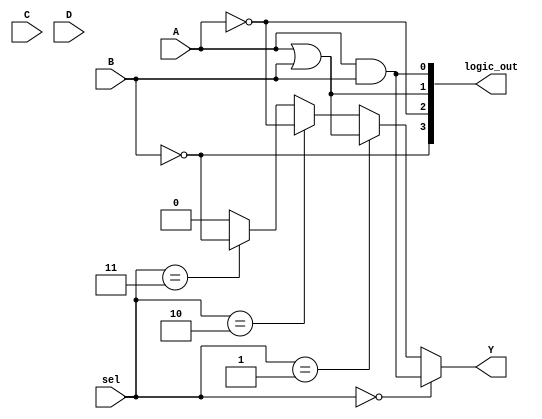
module combinational_logic_block (
    input wire A,
    input wire B,
    input wire C,
    input wire D,
    input wire [1:0] sel, // Selector for logic function
    output wire Y,
    output wire [3:0] logic_out // Outputs from logic cells
);

// Internal signals for logic functions
wire and_out;
wire or_out;
wire not_out_A;
wire not_out_B;
wire xor_out;

// Logic Cell Implementations
assign and_out = A & B;          // AND gate
assign or_out = A | B;           // OR gate
assign not_out_A = ~A;           // NOT gate on A
assign not_out_B = ~B;           // NOT gate on B
assign xor_out = A ^ B;          // XOR gate

// Routing Logic Outputs
assign logic_out[0] = and_out;
assign logic_out[1] = or_out;
assign logic_out[2] = not_out_A; // Output NOT A
assign logic_out[3] = not_out_B; // Output NOT B

// Multiplexer to select the output based on 'sel' signal
assign Y = (sel == 2'b00) ? logic_out[0] : // AND
           (sel == 2'b01) ? logic_out[1] : // OR
           (sel == 2'b10) ? logic_out[2] : // NOT A
           (sel == 2'b11) ? logic_out[3] : // NOT B
           1'b0; // Default to 0 if invalid selection

endmodule